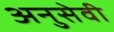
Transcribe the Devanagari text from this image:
अनुसेवी